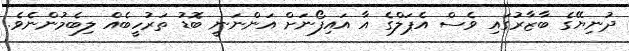
ދުނިޔޭގެ ބާޒާރުގައި ވެސް އެޕަލްގެ އާ އައިފޯނަށް އަންނަނީ ބޮޑު ތަރުހީބެއް ލިބެމުންނެވެ.